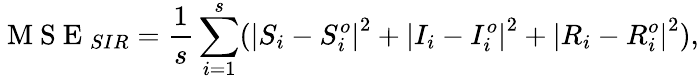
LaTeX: \mathrm{~M~S~E~}_{SIR}=\frac{1}{s}\sum_{i=1}^{s}(\left|S_{i}-S_{i}^{o}\right|^{2}+\left|I_{i}-I_{i}^{o}\right|^{2}+\left|R_{i}-R_{i}^{o}\right|^{2}),